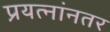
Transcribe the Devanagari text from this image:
प्रयत्नांनतर